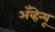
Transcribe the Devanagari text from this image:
अँव्हेन्यू